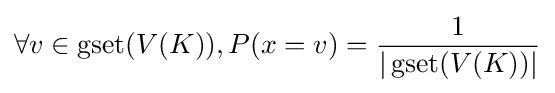
\forall v\in \operatorname {gset} (V(K)),P(x=v)={\frac {1}{|\operatorname {gset} (V(K))|}}